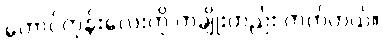
တောင်ကုန်းလေးကို တချိုးတည်း တက်တယ်။